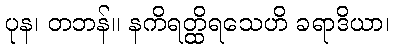
ပုန၊ တဘန်။ နကိရတ္ထိရသေဟိ ခရာဒိယာ၊